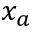
x _ { a }